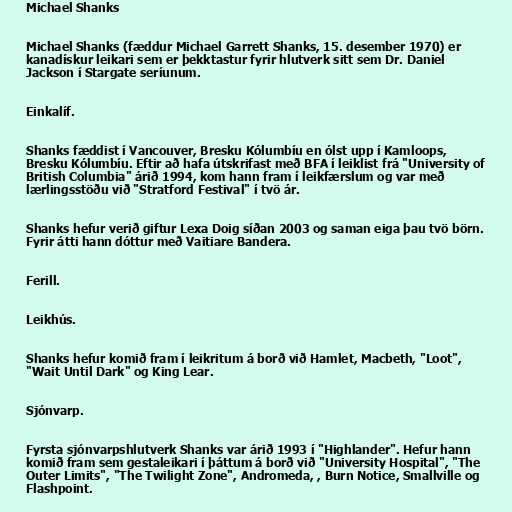
Michael Shanks

Michael Shanks (fæddur Michael Garrett Shanks, 15. desember 1970) er
kanadískur leikari sem er þekktastur fyrir hlutverk sitt sem Dr. Daniel
Jackson í Stargate seríunum.

Einkalíf.

Shanks fæddist í Vancouver, Bresku Kólumbíu en ólst upp í Kamloops,
Bresku Kólumbíu. Eftir að hafa útskrifast með BFA í leiklist frá "University of
British Columbia" árið 1994, kom hann fram í leikfærslum og var með
lærlingsstöðu við "Stratford Festival" í tvö ár.

Shanks hefur verið giftur Lexa Doig síðan 2003 og saman eiga þau tvö börn.
Fyrir átti hann dóttur með Vaitiare Bandera.

Ferill.

Leikhús.

Shanks hefur komið fram í leikritum á borð við Hamlet, Macbeth, "Loot",
"Wait Until Dark" og King Lear.

Sjónvarp.

Fyrsta sjónvarpshlutverk Shanks var árið 1993 í "Highlander". Hefur hann
komið fram sem gestaleikari í þáttum á borð við "University Hospital", "The
Outer Limits", "The Twilight Zone", Andromeda, , Burn Notice, Smallville og
Flashpoint.